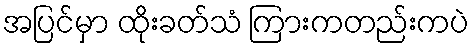
အပြင်မှာ ထိုးခတ်သံ ကြားကတည်းကပဲ